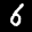
Label: 6